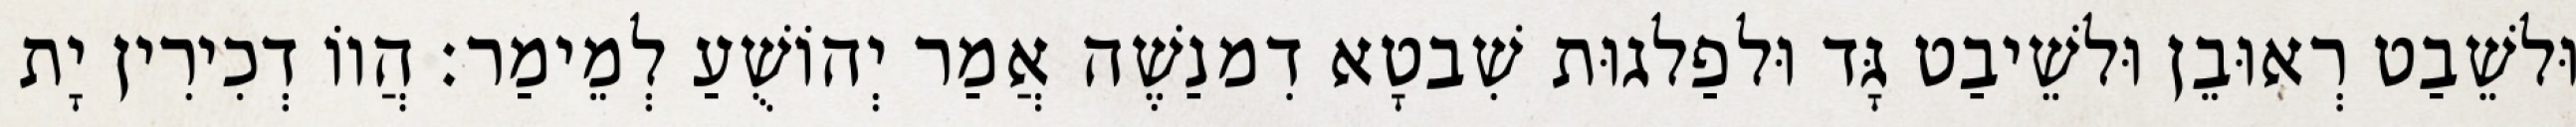
וּלשֵׁבַט רְאוּבֵן וּלשֵׁיבַט גָּד וּלפַלגוּת שִׁבטָא דִמנַשֶׁה אֲמַר יְהוֹשֻׁעַ לְמֵימַר׃ הֲווֹ דְכִירִין יָת